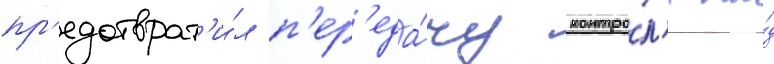
пр'едотврат'и́л п'ер'еда́чу контро́л'я на́д